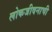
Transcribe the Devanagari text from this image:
लोकजीवनाची